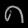
Digit: ၈